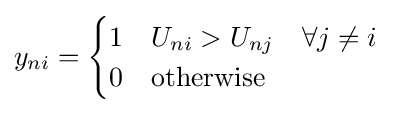
y_{ni}={\begin{cases}1&U_{ni}>U_{nj}\quad \forall j\neq i\\0&{\text{otherwise}}\end{cases}}